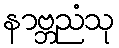
နာဗ္ဘညံသု